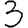
Digit: 3